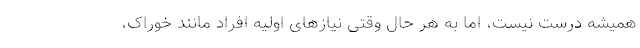
همیشه درست نیست، اما به هر حال وقتی نیازهای اولیه افراد مانند خوراک،